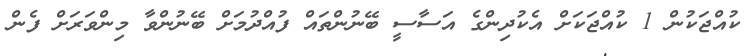
ކުއްޖަކުން 1 ކުއްޖަކަށް އެކުދިންގެ އަސާސީ ބޭނުންތައް ފުއްދުމަށް ބޭނުންވާ މިންވަރަށް ފެން